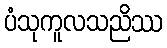
ပံသုကူလသညိဿ